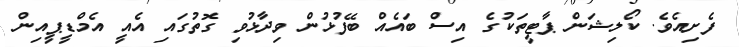
ފެށިއެވެ. ކޯލިޝަން ޕާޓީތަކުގެ އިސް ބައެއް ބޭފުޅުން ވިދާޅުވި ގޮތުގައި އެއީ އެމްޑީޕީއިން